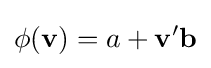
\phi (\mathbf {v} )=a+\mathbf {v} '\mathbf {b}